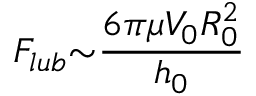
F _ { l u b } { \sim } \frac { 6 { \pi } { \mu } V _ { 0 } R _ { 0 } ^ { 2 } } { h _ { 0 } }